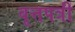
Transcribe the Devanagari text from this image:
वृत्तपत्री